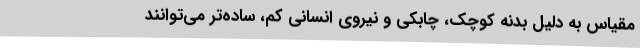
‌مقیاس به دلیل بدنه کوچک، چابکی و نیروی انسانی کم‌، ساده‌تر می‌توانند